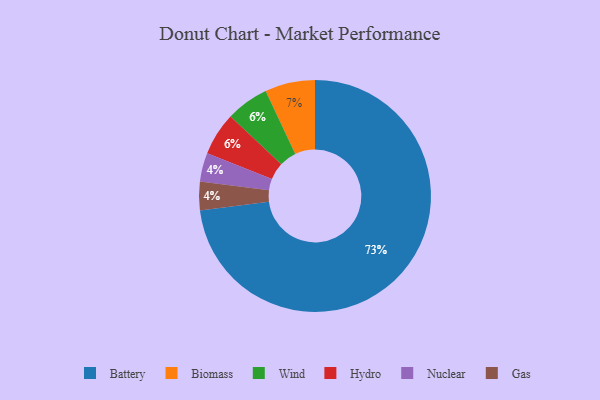
{"axis": {"x": "Category", "y": "Percentage"}, "legend": ["Battery", "Biomass", "Gas", "Hydro", "Nuclear", "Wind"], "data": [{"x": "Nuclear", "y": 4, "type": "Nuclear"}, {"x": "Wind", "y": 6, "type": "Wind"}, {"x": "Biomass", "y": 7, "type": "Biomass"}, {"x": "Hydro", "y": 6, "type": "Hydro"}, {"x": "Gas", "y": 4, "type": "Gas"}, {"x": "Battery", "y": 73, "type": "Battery"}]}